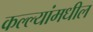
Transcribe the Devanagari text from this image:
कल्ल्यांमधील